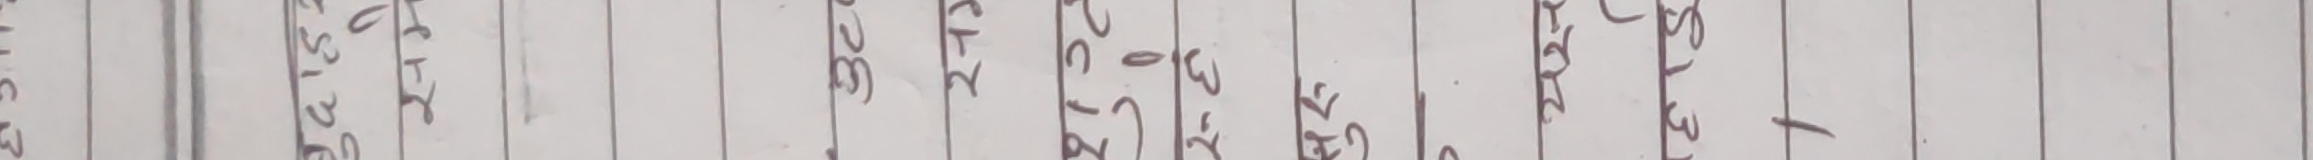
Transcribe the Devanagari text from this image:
C3 05123 रट्टरएएसलगरेषमनडभबयरखइशटगअसमश 23 0C7E W3 S31 +